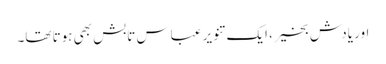
اور یادش بخیر، ایک تنویر عباس تابش بھی ہوتا تھا۔